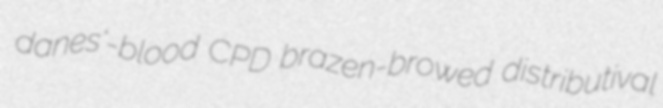
danes'-blood CPD brazen-browed distributival